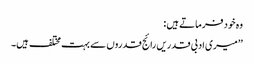
وہ خود فرماتے ہیں :
’’میری ادبی قدریں رائج قدروں سے بہت مختلف ہیں۔